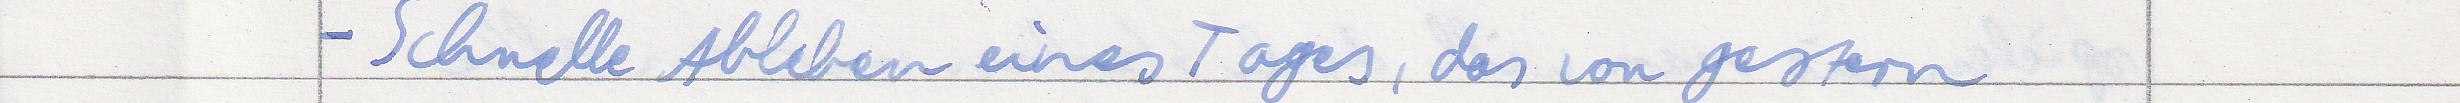
- Schnelle Ableben eines Tages, das von gestern